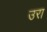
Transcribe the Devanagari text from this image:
उरा